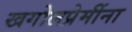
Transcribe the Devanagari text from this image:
खगोलप्रेमींना